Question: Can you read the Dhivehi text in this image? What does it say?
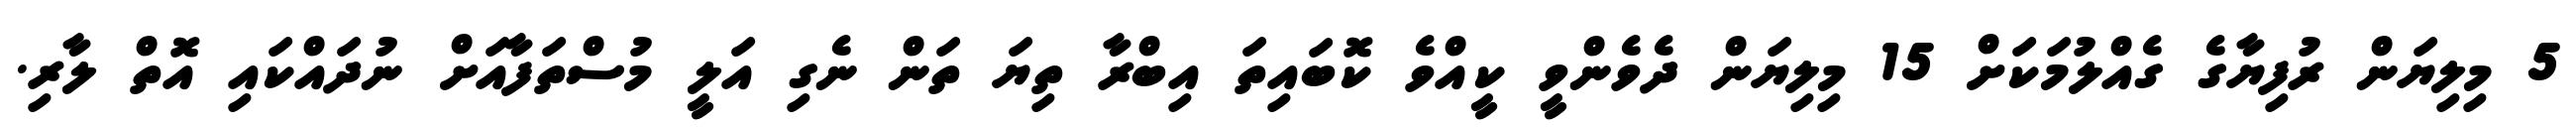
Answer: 5 މިލިޔަން ރުފިޔާގެ ގެއްލުމަކަށް 15 މިލިޔަން ދެވެންވީ ކީއްވެ ކޮބައިތަ އިބްރާ ތިޔަ ތަން ނެގި އަލީ މުސްތަފާއަށް ނުދައްކައި އޮތް ލާރި.